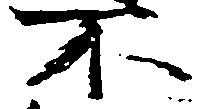
不